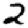
Digit: 2